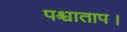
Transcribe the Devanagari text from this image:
पश्चाताप।